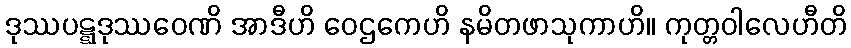
ဒုဿပဋ္ဋဒုဿဝေဏိ အာဒီဟိ ဝေဌကေဟိ နမိတဖာသုကာဟိ။ ကုတ္တဝါလေဟီတိ